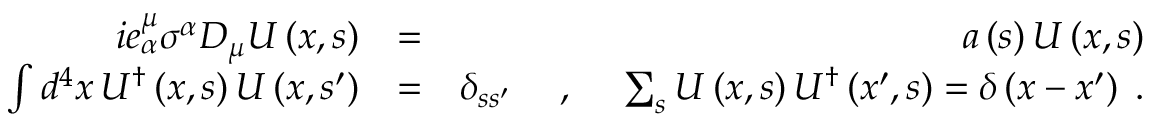
\begin{array} { r l r } { i e _ { \alpha } ^ { \mu } \sigma ^ { \alpha } D _ { \mu } U \left( x , s \right) } & { = } & { a \left( s \right) U \left( x , s \right) } \\ { \int d ^ { 4 } x \, U ^ { \dag } \left( x , s \right) U \left( x , s ^ { \prime } \right) } & { = } & { \delta _ { s s ^ { \prime } } \; \quad , \quad \; \sum _ { s } U \left( x , s \right) U ^ { \dag } \left( x ^ { \prime } , s \right) = \delta \left( x - x ^ { \prime } \right) \; . } \end{array}